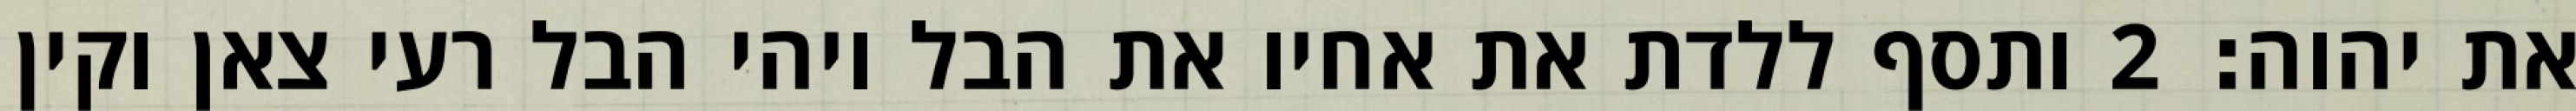
את יהוה׃ ‎2‏ ותסף ללדת את אחיו את הבל ויהי הבל רעי צאן וקין